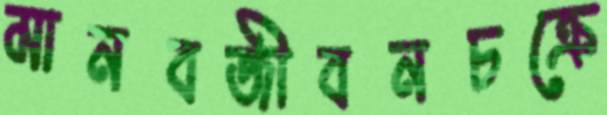
মানবজীবনচক্রে